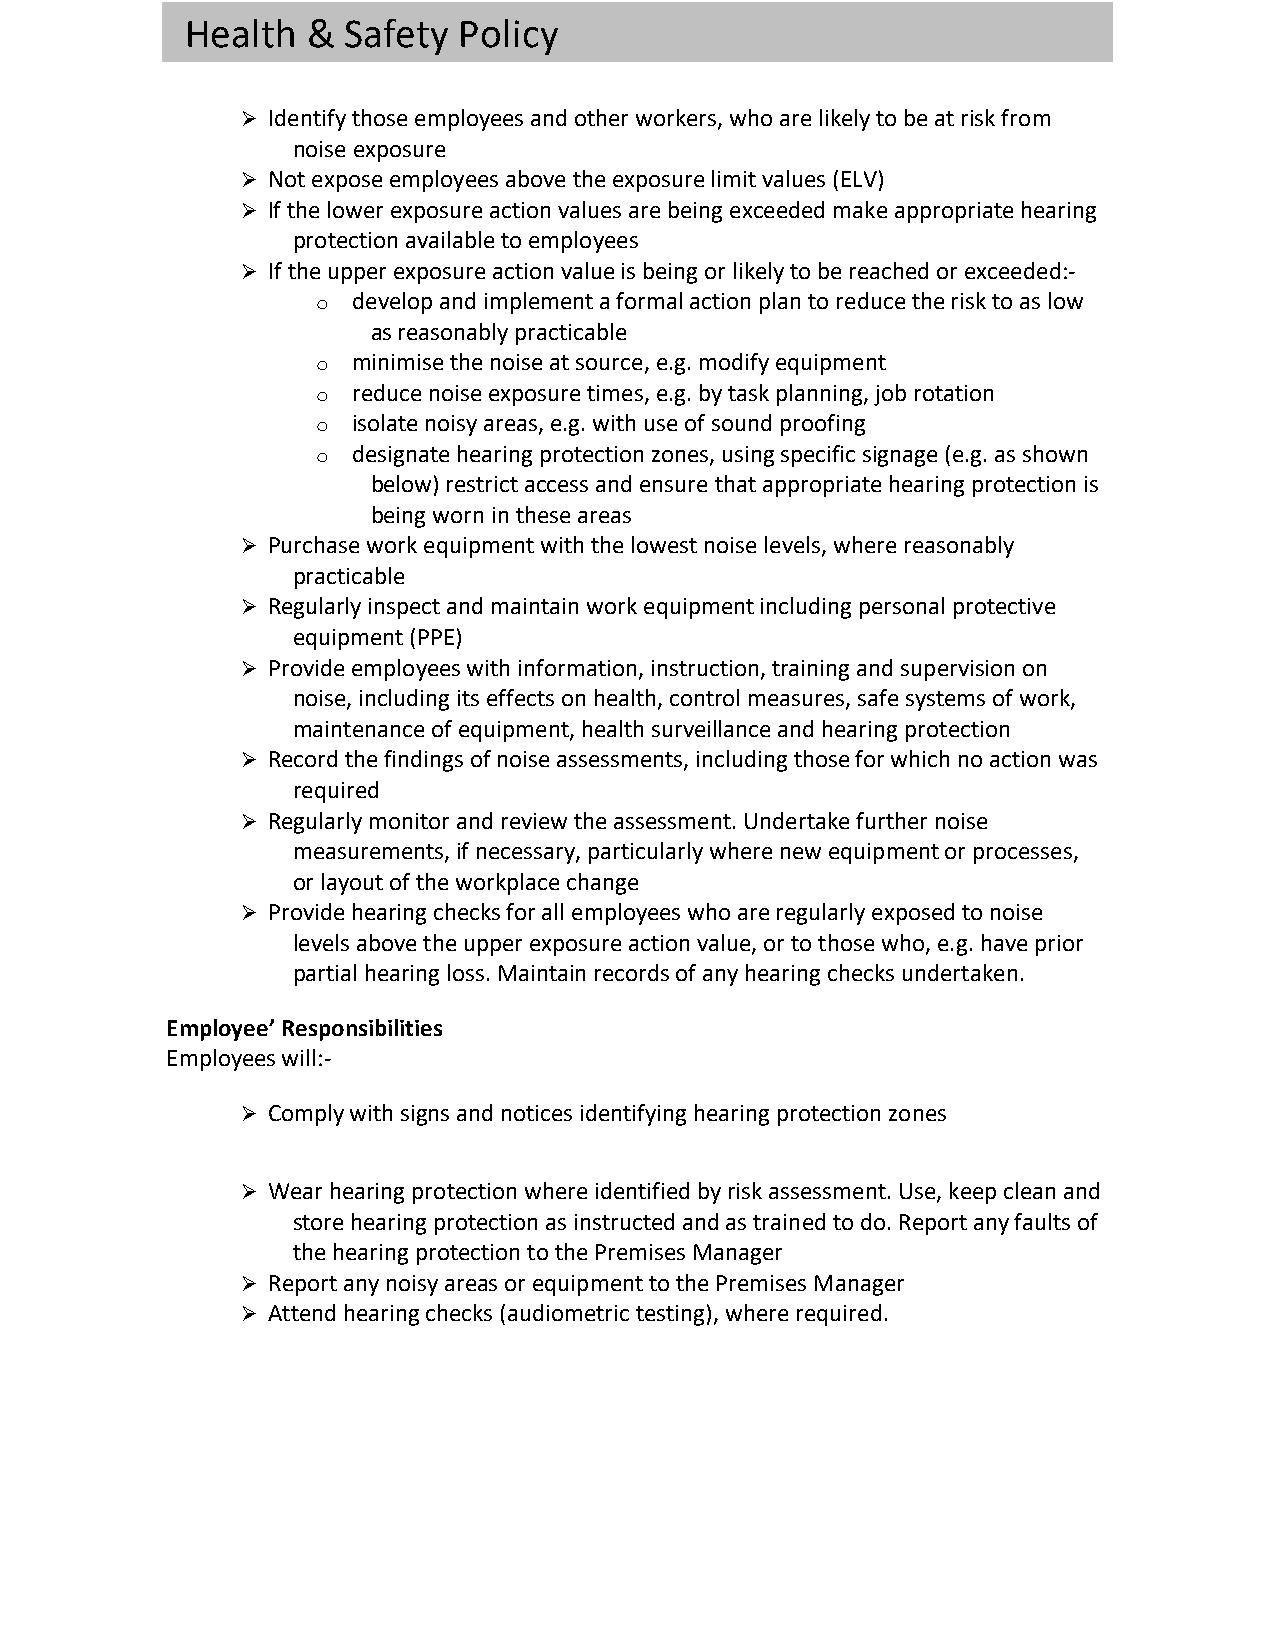
Health  &  Safety Policy
 Ø Identify those employees and other workers, who are likely to be at risk from
 noise exposure
 Ø Not expose employees above the exposure limit values (ELV)
 Ø If the lower exposure action values are being exceeded make appropriate hearing
 protection available to employees
 Ø If the upper exposure action value is being or likely to be reached or exceeded:-
 o develop and implement a formal action plan to reduce the risk to as low
 as reasonably practicable
 o minimise the noise at source, e.g. modify equipment
 o reduce noise exposure times, e.g. by task planning, job rotation
 o isolate noisy areas, e.g. with use of sound proofing
 o designate hearing protection zones, using specific signage (e.g. as shown
 below) restrict access and ensure that appropriate hearing protection is
 being worn in these areas
 Ø Purchase work equipment with the lowest noise levels, where reasonably
 practicable
 Ø Regularly inspect and maintain work equipment including personal protective
 equipment (PPE)
 Ø Provide employees with information, instruction, training and supervision on
 noise, including its effects on health, control measures, safe systems of work,
 maintenance of equipment, health surveillance and hearing protection
 Ø Record the findings of noise assessments, including those for which no action was
 required
 Ø Regularly monitor and review the assessment. Undertake further noise
 measurements, if necessary, particularly where new equipment or processes,
 or layout of the workplace change
 Ø Provide hearing checks for all employees who are regularly exposed to noise
 levels above the upper exposure action value, or to those who, e.g. have prior
 partial hearing loss. Maintain records of any hearing checks undertaken.
 Employee’ Responsibilities
 Employees will:-
 Ø Comply with signs and notices identifying hearing protection zones
 Ø Wear hearing protection where identified by risk assessment. Use, keep clean and
 store hearing protection as instructed and as trained to do. Report any faults of
 the hearing protection to the Premises Manager
 Ø Report any noisy areas or equipment to the Premises Manager
 Ø Attend hearing checks (audiometric testing), where required.